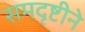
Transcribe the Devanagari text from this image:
समदृष्टीने